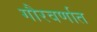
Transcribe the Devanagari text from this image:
गौरवर्णात